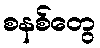
စနစ်တွေ